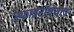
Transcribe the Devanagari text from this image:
स्फाइरोचेयटा